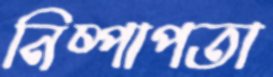
নিষ্পাপতা